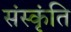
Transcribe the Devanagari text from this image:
संस्कृंति